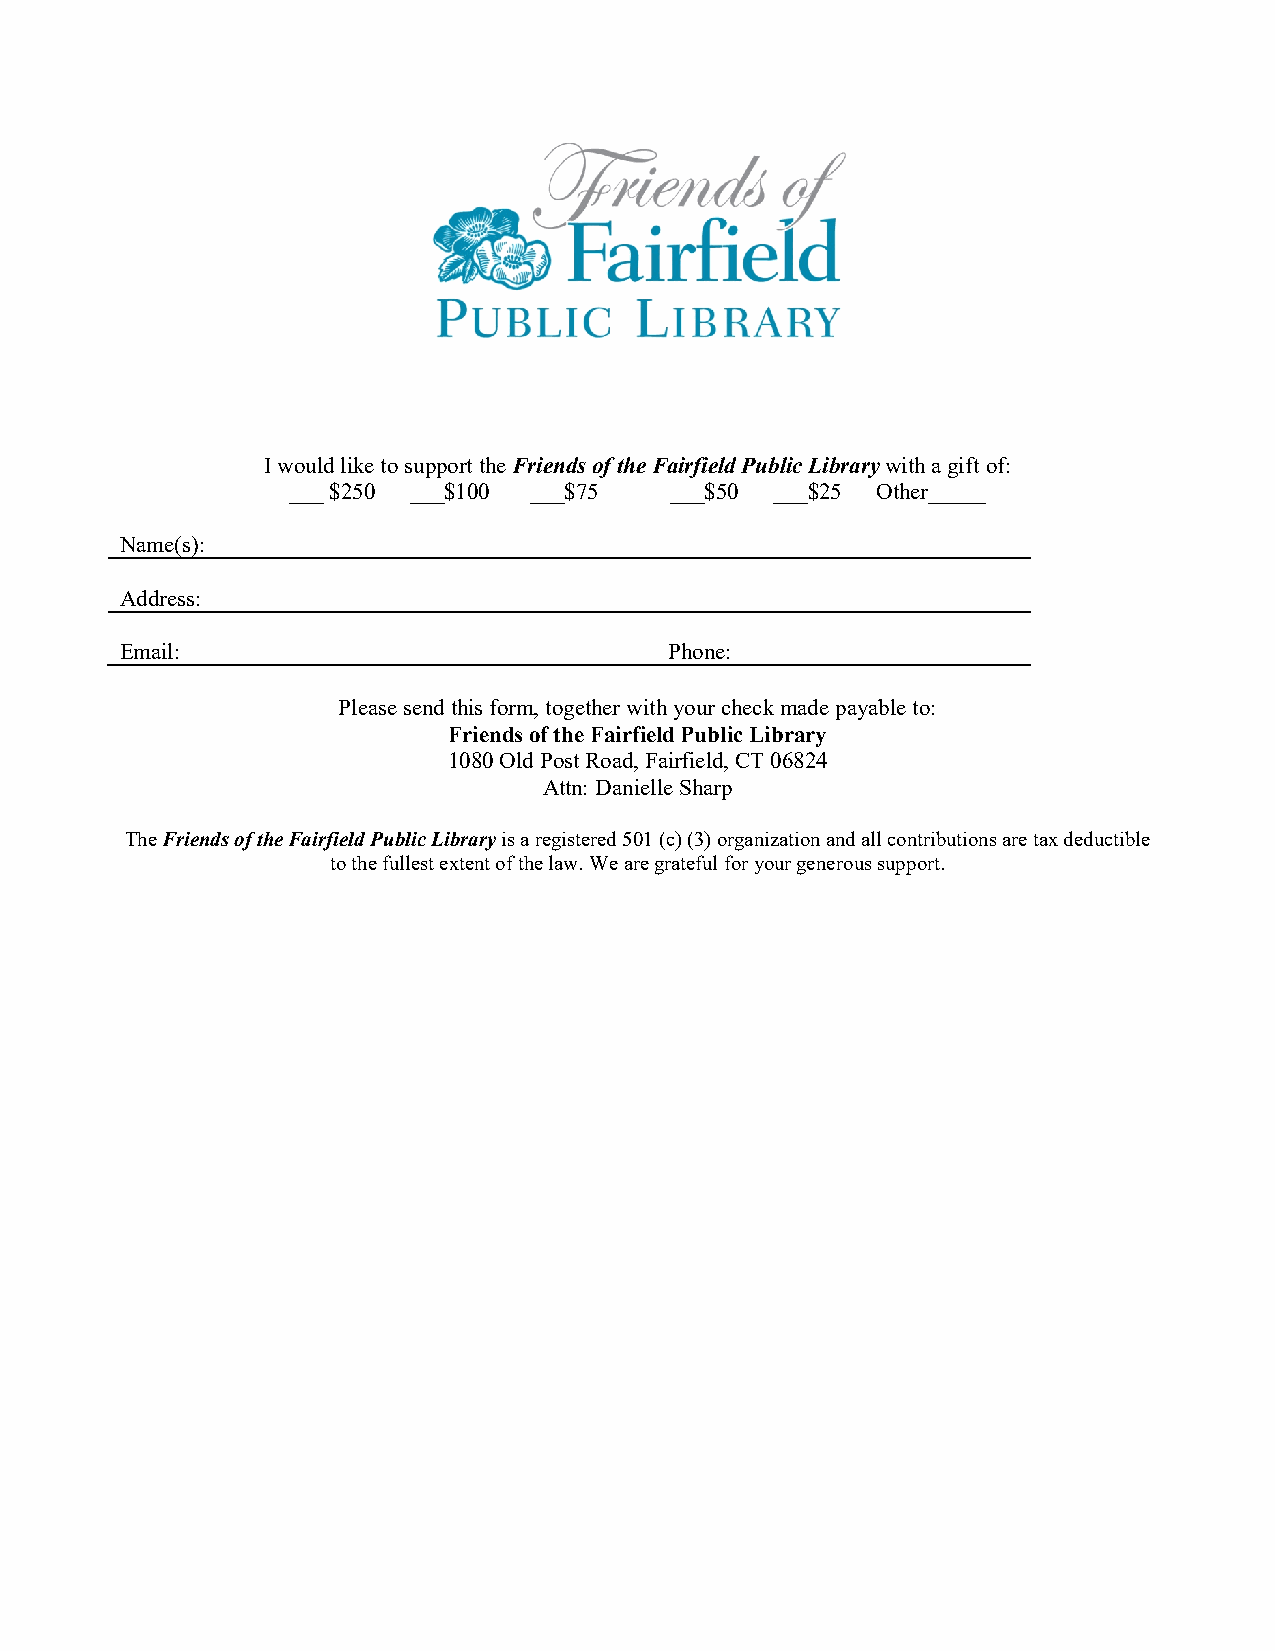
I would like to support the Friends of the Fairfield Public Library with a gift of:
 ___ $250 ___$100 ___$75  ___$50 ___$25 Other_____
 Name(s):
 Address:
 Email:                              Phone:
 Please send this form, together with your check made payable to:
 Friends of the Fairfield Public Library
 1080 Old Post Road, Fairfield, CT 06824
 Attn: Danielle Sharp
 The Friends of the Fairfield Public Library is a registered 501 (c) (3) organization and all contributions are tax deductible
 to the fullest extent of the law. We are grateful for your generous support.